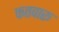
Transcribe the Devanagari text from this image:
कतवारू